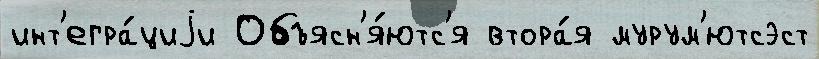
инт'егра́циjи Объясн'я́ютс'я втора́я мурум'ютсэст